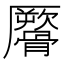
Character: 𩪜